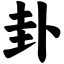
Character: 卦